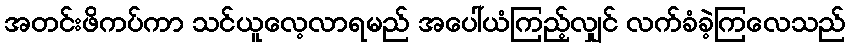
အတင်းဖိကပ်ကာ သင်ယူလေ့လာရမည် အပေါ်ယံကြည့်လျှင် လက်ခံခဲ့ကြလေသည်